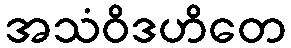
အသံဝိဒဟိတေ